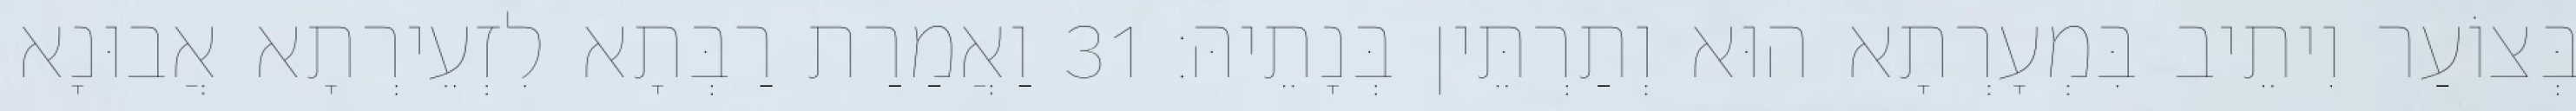
בְּצוֹעַר וִיתֵיב בִּמְעָרְתָא הוּא וְתַרְתֵּין בְּנָתֵיהּ׃ 31 וַאֲמַרַת רַבְּתָא לִזְעֵירְתָא אֲבוּנָא